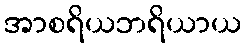
အာစရိယဘရိယာယ